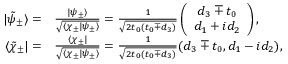
\begin{array} { r l } { | \tilde { \psi } _ { \pm } \rangle = } & { \frac { | \psi _ { \pm } \rangle } { \sqrt { \langle \chi _ { \pm } | \psi _ { \pm } \rangle } } = \frac { 1 } { \sqrt { 2 t _ { 0 } ( t _ { 0 } \mp d _ { 3 } ) } } \left( \begin{array} { c } { d _ { 3 } \mp t _ { 0 } } \\ { d _ { 1 } + i d _ { 2 } } \end{array} \right) , } \\ { \langle \tilde { \chi } _ { \pm } | = } & { \frac { \langle \chi _ { \pm } | } { \sqrt { \langle \chi _ { \pm } | \psi _ { \pm } \rangle } } = \frac { 1 } { \sqrt { 2 t _ { 0 } ( t _ { 0 } \mp d _ { 3 } ) } } ( d _ { 3 } \mp t _ { 0 } , d _ { 1 } - i d _ { 2 } ) , } \end{array}